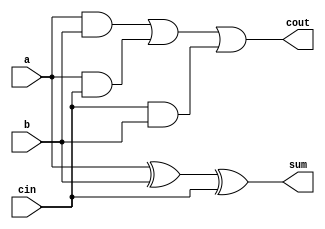
`timescale 1ns / 1ps
//////////////////////////////////////////////////////////////////////////////////
// Company: 
// Engineer: 
// 
// Design Name: 
// Module Name: combi_multiplier
// Project Name: 
// Target Devices: 
// Tool Versions: 
// Description: 
// 
// Dependencies: 
// 
// Revision:
// Revision 0.01 - File Created
// Additional Comments:
// 
//////////////////////////////////////////////////////////////////////////////////
 
/////////////////////////////////////////////////////////////////////////////////
//GROUP NO. 13
//AUTUMN 2020 
//STUDENTS : ATHARVA ROSHAN NAIK (18CS10067)
//            RADHIKA PATWARI (18CS10062)

// ASSIGNMENT 3 -- Question 1
// Combinational 6-bit unsigned binary array multiplier
///////////////////////////////////////////////////////////////////////////////////
 
//designing a 1-bit full adder with 2 inputs a and b and cin as carry in
//returns 2 outputs : sum and cout(carry out)
module full_adder(output sum, output cout, input a, input b, input cin);
 
	assign sum = a^b^cin;                      //XOR of a,b and carry in gives the sum
	assign cout = (a&b) | (a&cin) | (cin&b);   //OR of AND of a,b and cin gives the carry out
 
endmodule                                       //end of full adder function
 
//designing a 1-bit half adder with 2 inputs a and b
//returns 2 outputs : sum and cout(carry out)
module half_adder(output sum, output cout, input a, input b);
 
	assign sum = a^b;                          //XOR of a and b gives the sum
	assign cout = (a&b);                       //AND of a and b gives the carry out
 
endmodule
 
//designing a 6-bit 2 input array multiplier
//return a 12 bit value obtained after multiplying and b
module unsigned_array_mult(output [11:0]
product, input [5:0] a, input [5:0] b);
 
	//declaring 6 sum variables for each of the 6 steps involved in multiplication process
	//each sumi contain 4 values that represent sum from 4 full adders in each row
	wire [3:0] sum1,sum2,sum3,sum4,sum5,sum6;
 
	//declaring 6 carry variables for each of the 6 steps in multiplication process
	//each carryi contain 5 values that represent the carry values of 4 full adders and 1 half adder
	wire [4:0] carry1,carry2,carry3,carry4,carry5,carry6;
 
	//calculating p0
	and p0(product[0],a[0],b[0]);
 
	//calculating p1 using 1 half adder and 4 full adders
 
	half_adder h_1(.sum(product[1]), .cout(carry1[0]), .a(a[1]&b[0]), .b(a[0]&b[1]));
	full_adder f1_1(.sum(sum1[0]), .cout(carry1[1]), .a(a[2]&b[0]), .b(a[1]&b[1]), .cin(carry1[0]));
	full_adder f2_1(.sum(sum1[1]), .cout(carry1[2]), .a(a[3]&b[0]), .b(a[2]&b[1]), .cin(carry1[1]));
	full_adder f3_1(.sum(sum1[2]), .cout(carry1[3]), .a(a[4]&b[0]), .b(a[3]&b[1]), .cin(carry1[2]));
	full_adder f4_1(.sum(sum1[3]), .cout(carry1[4]), .a(a[5]&b[0]), .b(a[4]&b[1]), .cin(carry1[3]));
 
	//calculating p2 using 1 half adder and 4 full adders
 
	half_adder h_2(.sum(product[2]), .cout(carry2[0]), .a(sum1[0]), .b(a[0]&b[2]));
	full_adder f1_2(.sum(sum2[0]), .cout(carry2[1]), .a(sum1[1]), .b(a[1]&b[2]), .cin(carry2[0]));
	full_adder f2_2(.sum(sum2[1]), .cout(carry2[2]), .a(sum1[2]), .b(a[2]&b[2]), .cin(carry2[1]));
	full_adder f3_2(.sum(sum2[2]), .cout(carry2[3]), .a(sum1[3]), .b(a[3]&b[2]), .cin(carry2[2]));
	full_adder f4_2(.sum(sum2[3]), .cout(carry2[4]), .a(carry1[4]), .b(a[5]&b[1]), .cin(carry2[3]));
 
	//calculating p3 using 1 half adder and 4 full adders
 
	half_adder h_3(.sum(product[3]), .cout(carry3[0]), .a(sum2[0]), .b(a[0]&b[3]));
	full_adder f1_3(.sum(sum3[0]), .cout(carry3[1]), .a(sum2[1]), .b(a[1]&b[3]), .cin(carry3[0]));
	full_adder f2_3(.sum(sum3[1]), .cout(carry3[2]), .a(sum2[2]), .b(a[2]&b[3]), .cin(carry3[1]));
	full_adder f3_3(.sum(sum3[2]), .cout(carry3[3]), .a(sum2[3]), .b(a[4]&b[2]), .cin(carry3[2]));
	full_adder f4_3(.sum(sum3[3]), .cout(carry3[4]), .a(carry2[4]), .b(a[5]&b[2]), .cin(carry3[3]));
 
	//calculating p4 using 1 half adder and 4 full adders
 
	half_adder h_4(.sum(product[4]), .cout(carry4[0]), .a(sum3[0]), .b(a[0]&b[4]));
	full_adder f1_4(.sum(sum4[0]), .cout(carry4[1]), .a(sum3[1]), .b(a[1]&b[4]), .cin(carry4[0]));
	full_adder f2_4(.sum(sum4[1]), .cout(carry4[2]), .a(sum3[2]), .b(a[3]&b[3]), .cin(carry4[1]));
	full_adder f3_4(.sum(sum4[2]), .cout(carry4[3]), .a(sum3[3]), .b(a[4]&b[3]), .cin(carry4[2]));
	full_adder f4_4(.sum(sum4[3]), .cout(carry4[4]), .a(carry3[4]), .b(a[5]&b[3]), .cin(carry4[3]));
 
	//calculating p5 using 1 half adder and 4 full adders
 
	half_adder h_5(.sum(product[5]), .cout(carry5[0]), .a(sum4[0]), .b(a[0]&b[5]));
	full_adder f1_5(.sum(sum5[0]), .cout(carry5[1]), .a(sum4[1]), .b(a[2]&b[4]), .cin(carry5[0]));
	full_adder f2_5(.sum(sum5[1]), .cout(carry5[2]), .a(sum4[2]), .b(a[3]&b[4]), .cin(carry5[1]));
	full_adder f3_5(.sum(sum5[2]), .cout(carry5[3]), .a(sum4[3]), .b(a[4]&b[4]), .cin(carry5[2]));
	full_adder f4_5(.sum(sum5[3]), .cout(carry5[4]), .a(carry4[4]), .b(a[5]&b[4]), .cin(carry5[3]));
 
 
	//calculating p6 using 1 half adder and 4 full adders
 
	half_adder h_6(.sum(product[6]), .cout(carry6[0]), .a(sum5[0]), .b(a[1]&b[5]));
	full_adder f1_6(.sum(sum6[0]), .cout(carry6[1]), .a(sum5[1]), .b(a[2]&b[5]), .cin(carry6[0]));
	full_adder f2_6(.sum(sum6[1]), .cout(carry6[2]), .a(sum5[2]), .b(a[3]&b[5]), .cin(carry6[1]));
	full_adder f3_6(.sum(sum6[2]), .cout(carry6[3]), .a(sum5[3]), .b(a[4]&b[5]), .cin(carry6[2]));
	full_adder f4_6(.sum(sum6[3]), .cout(carry6[4]), .a(carry5[4]), .b(a[5]&b[5]), .cin(carry6[3]));
 
 
	//calculating remaining products
	assign product[7] = sum6[0];
	assign product[8] = sum6[1];
	assign product[9] = sum6[2];
	assign product[10] = sum6[3];
	assign product[11] = carry6[4];
 
    //finally 12 bit product value is obtained in the variable "product"
endmodule